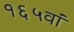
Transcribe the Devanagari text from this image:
१६५वां